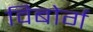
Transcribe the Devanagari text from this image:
विबोर्ग